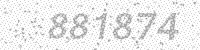
Solution: 881874